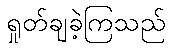
ရှုတ်ချခဲ့ကြသည်